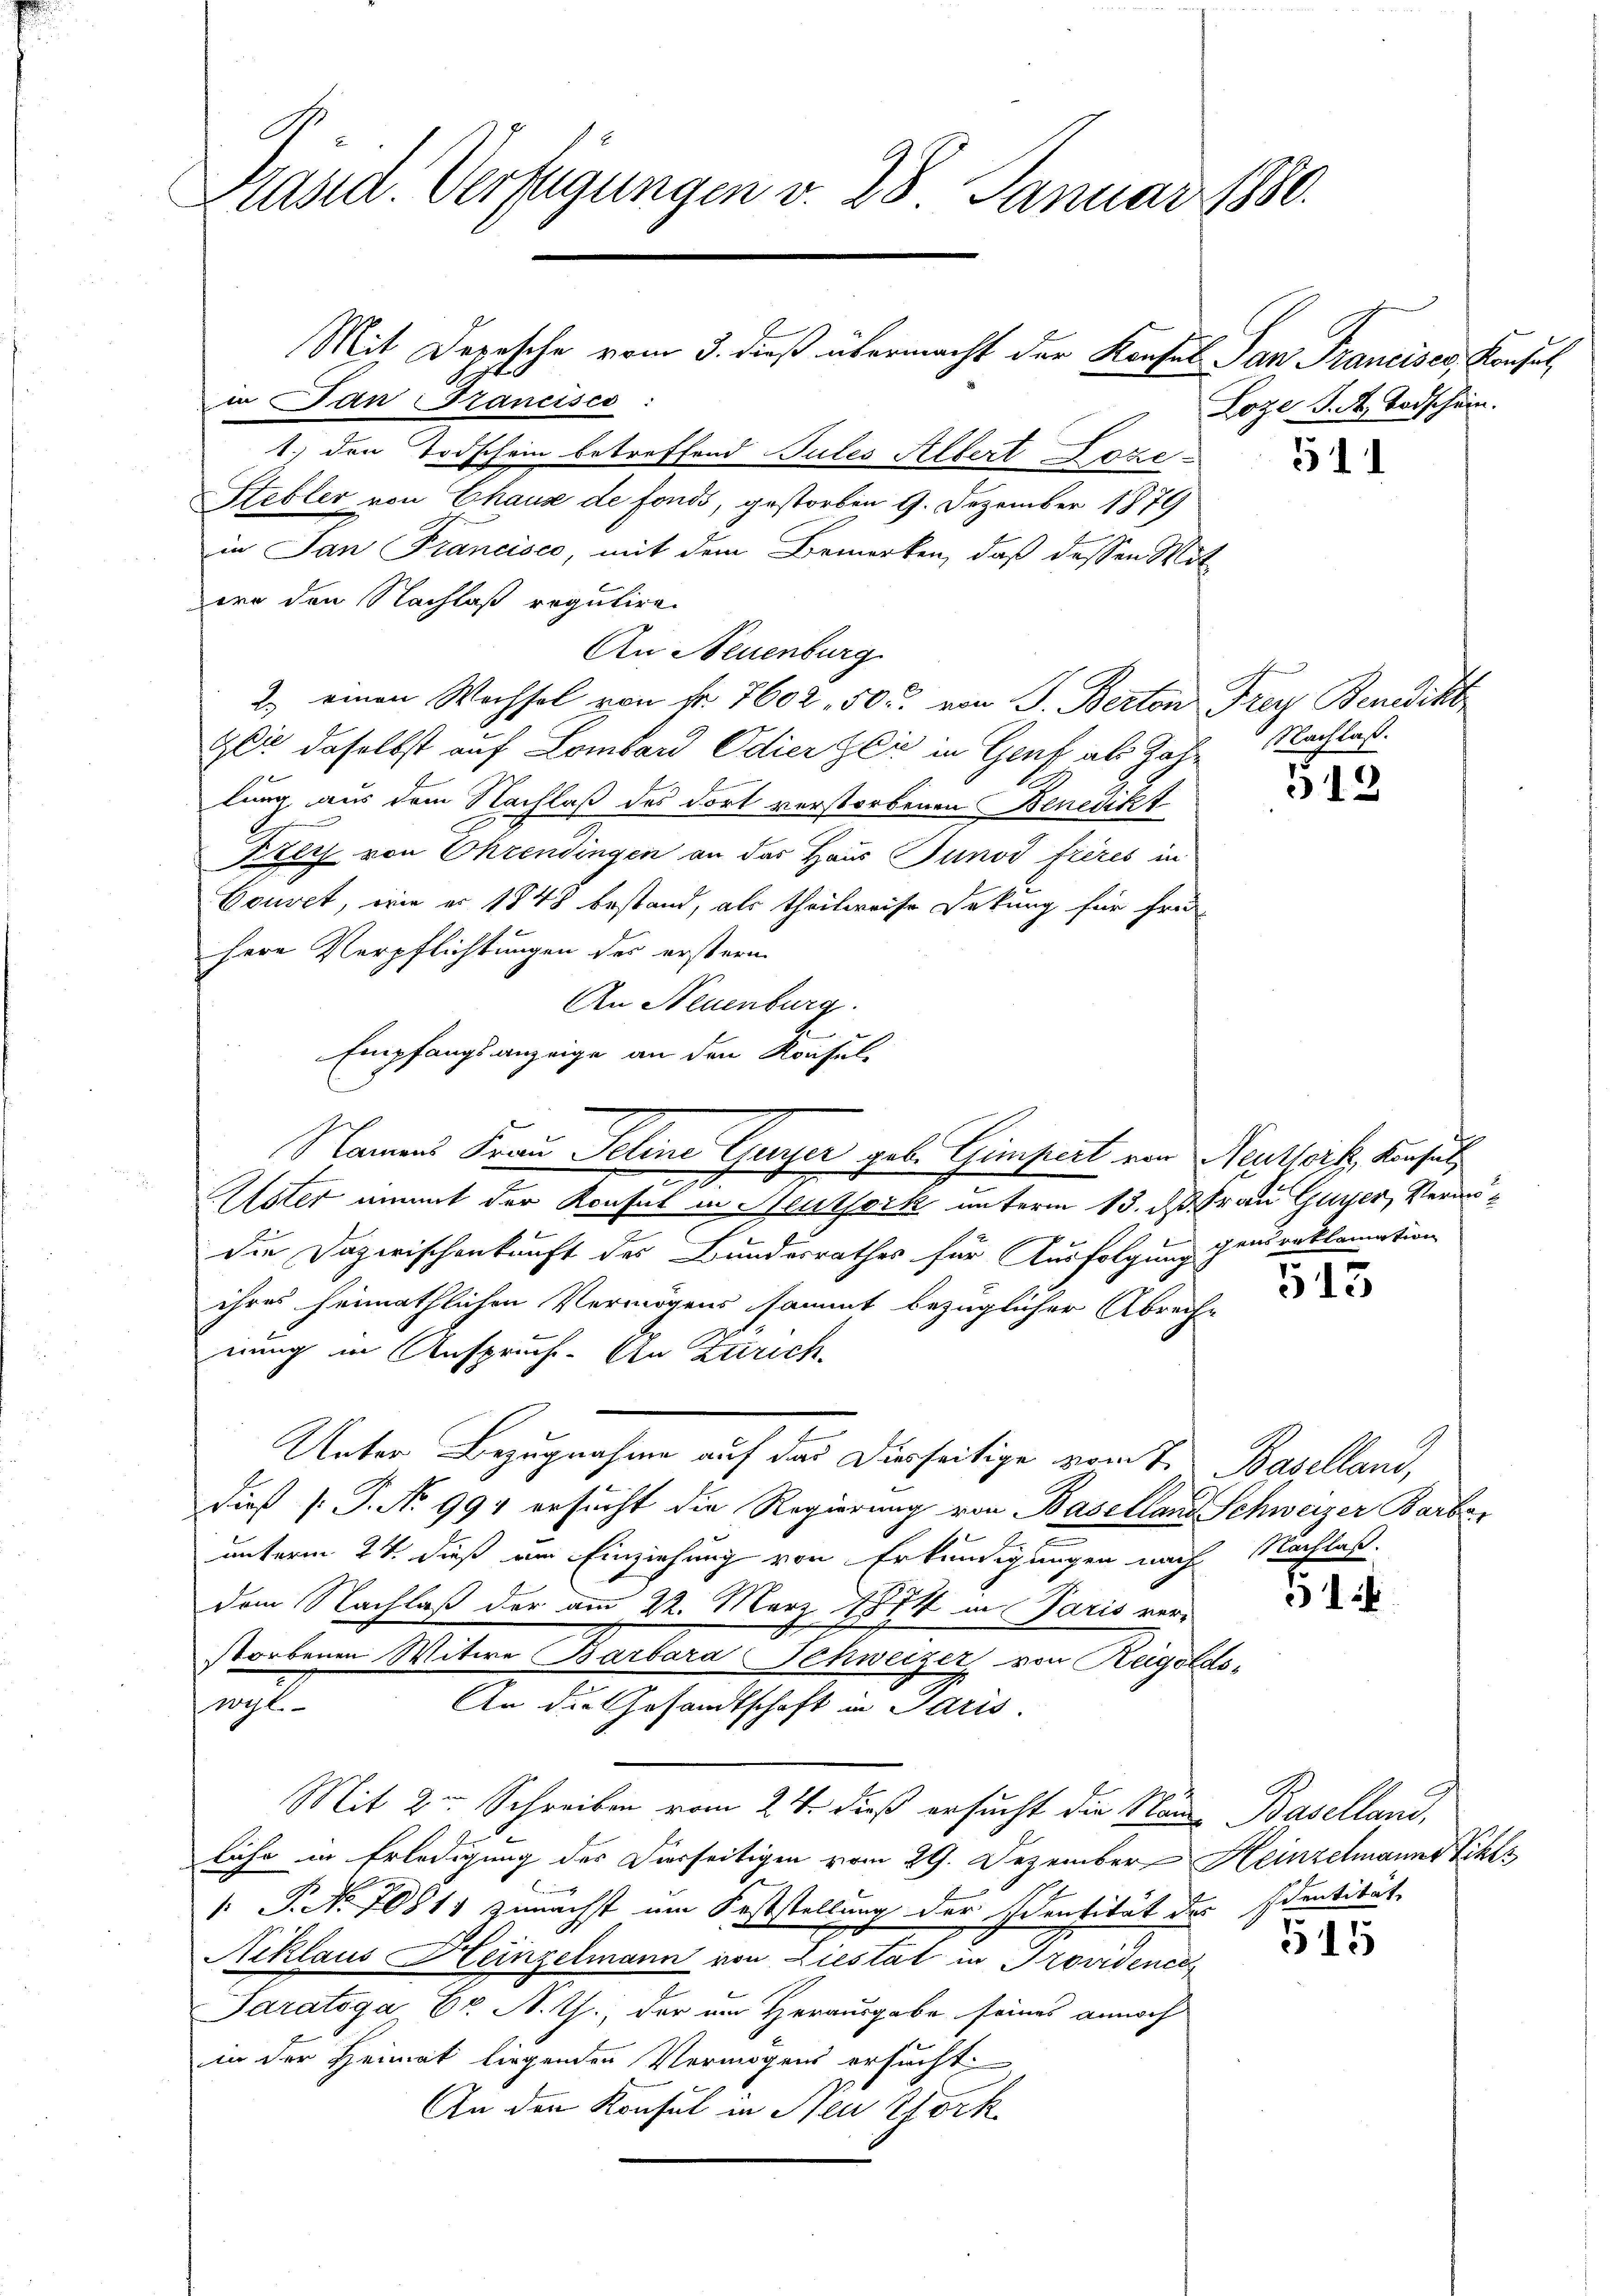
Präsid. Verfügungen v. 28. Januar 1880.

A.
in an Trancisco

1.) den Todschein betreffend Gutes Albert Poze-
Stebler von Chause de fonds, gestorben 9. Dezember 1879
in San Francisco, mit dem Bemerken, daß dessen Mit
ern den Nachlaß regulire.
An Neuenburg
2.) einen Wechsel von Fr. 7602. 50 r. von J. Berton Frey Benedikt
Gei daselbst auf Lombard Odierzer in Graf als Zahlung, aus dem Nachlaß des dort verstorbenen Benedikt
d
Krey von Ohrendingen an das Haus Junod frères in
Court, wie er 1848 bestand, als theilweise Dekung für frei
Herr Verpflichtungen der erstern
An Neuenburg.
Empfangsanzeige an den Konsul-
Namens Frau Seline Guyer geb. Gimpert von Neustrik, Konsul
Uster nimmt der Konsul in Neuthork unterm 13. d. Frau Guyer, Verandie Dazwischenkunft des Bundesrathes für Ausfolgung genserklamation
ihres heimathlichen Vermögens sammt bezüglicher Abreiche
nung in Anspruch. An Zürich.
Unter Bezugnahme auf das Dierseitige vom 7. Baselland,
dieß P. No 994 ersucht die Regierung von Baselland Schweizer Barbar
unterm 24. dieß von Einziehung von Erkundigungen nach Nachlaß
dem Nachlaß der am 22. März 1874 in Paris ver-
storbenen Witwe Barbara Schweizer von Reigolds-
12
An die Gesandtschaft in Paris.
Mit 2 Schreiben vom 24. dieß ersucht die Name Baselland,
fe
liche in Erledigung des Dierseitigen vom 29. Dezember Heinzelmanns Schls
 P. Nr. 70814 zunächst um Feststellung der Identität des Identität,
Niklaus Heinzelmann von Liestät in Providence
Paratoga Dr. A. T., der am Herausgabe seines annoch
in der Heimat liegenden Vermögens ersucht
An den Konsul in Neu York

Mit Depesche vom 3. dieß übermacht der Konsul San Francises, Konsul

Loze J. A. Todschein.

511

Machlast.

912

513

51

515